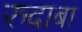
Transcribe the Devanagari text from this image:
रुदाबा